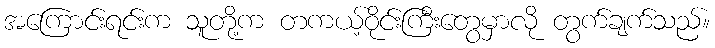
အကြောင်းရင်းက သူတို့က တကယ့်ဝိုင်းကြီးတွေမှာလို တွက်ချက်သည်။